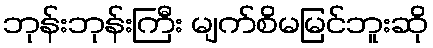
ဘုန်းဘုန်းကြီး မျက်စိမမြင်ဘူးဆို